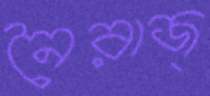
নৈরাজ্